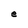
Character: e